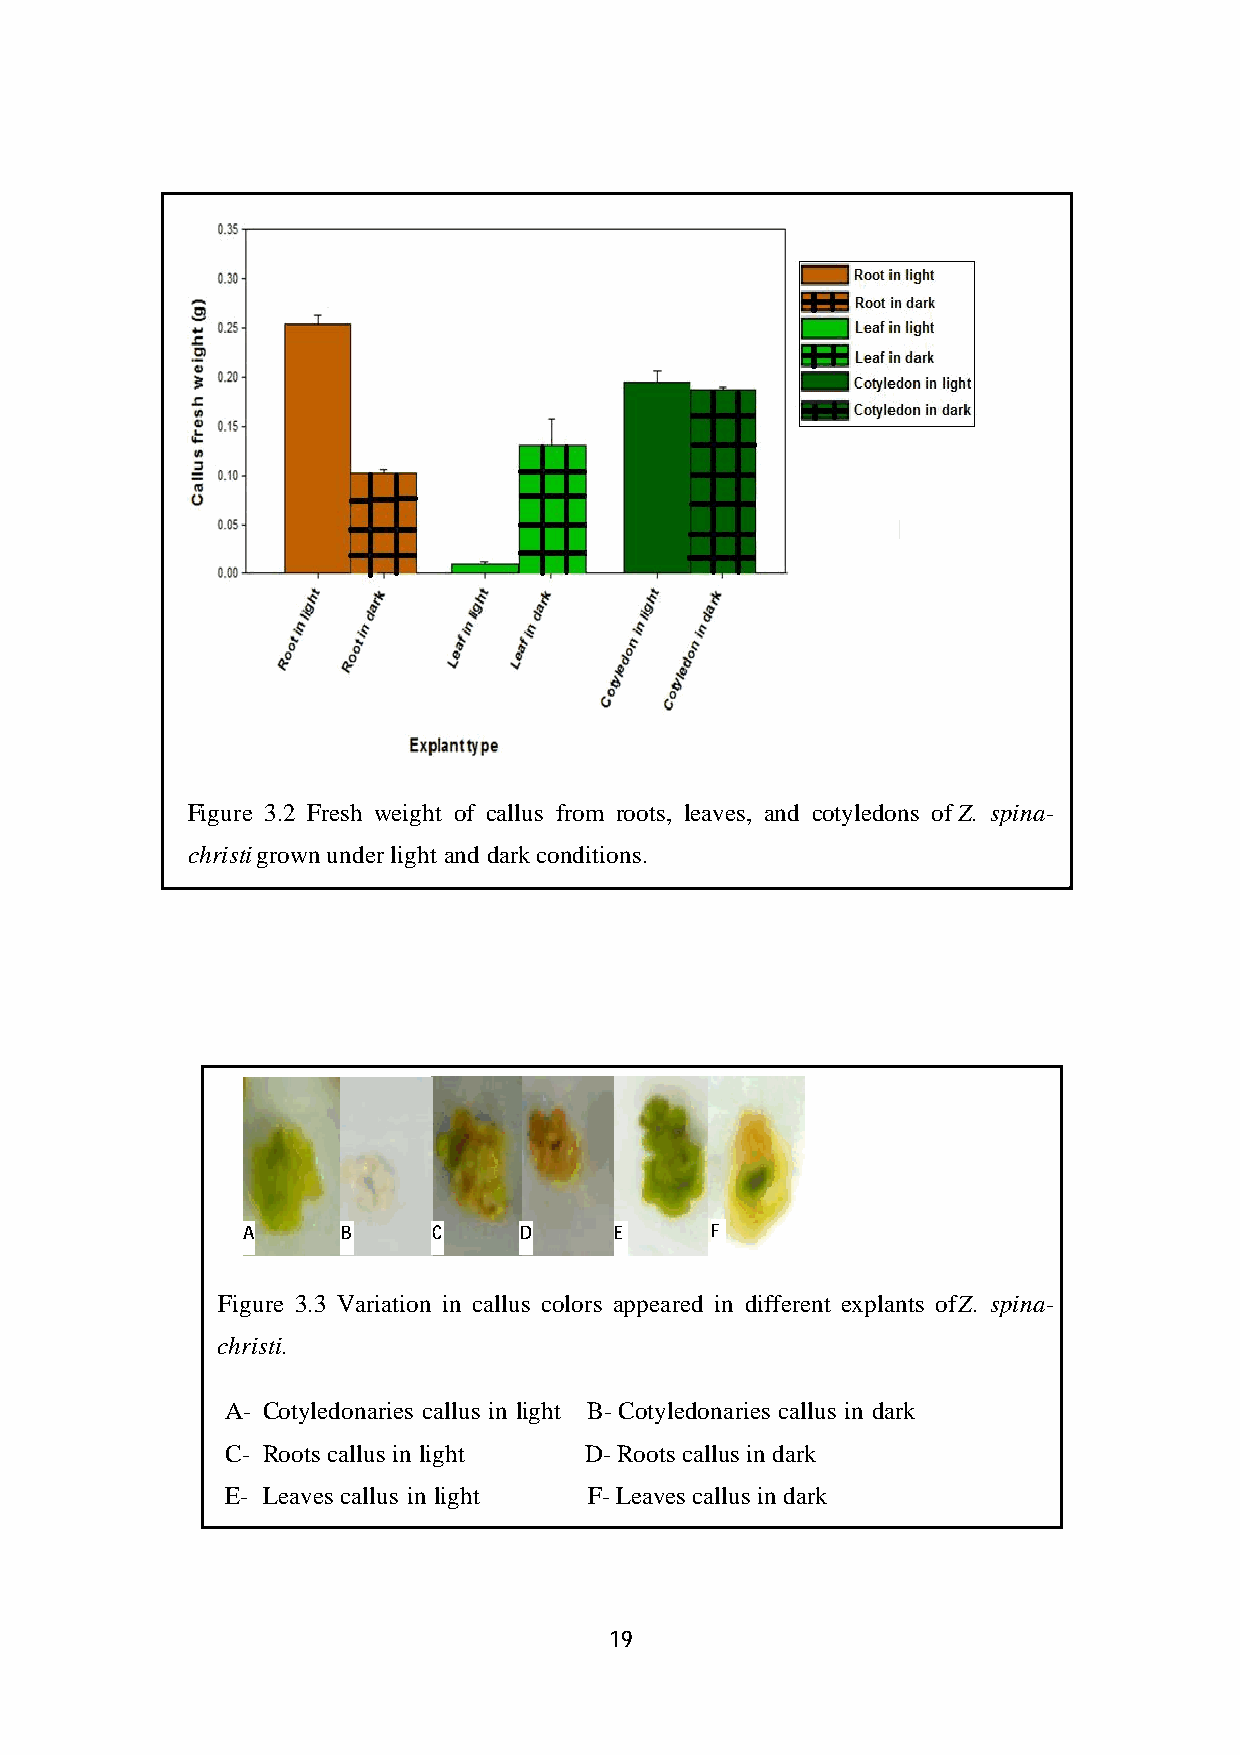
Figure 3.2 Fresh weight of callus from roots, leaves, and cotyledons of Z. spina-
 christi grown under light and dark conditions.
 A      B     C    D      E     F
 Figure 3.3 Variation in callus colors appeared in different explants of Z. spina-
 christi.
 A- Cotyledonaries callus in light B- Cotyledonaries callus in dark
 C- Roots callus in light D- Roots callus in dark
 E- Leaves callus in light F- Leaves callus in dark
 19